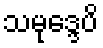
သမုဒ္ဒေပိ